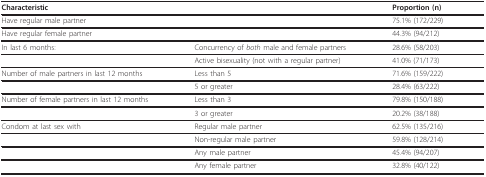
<table><thead><tr><td><b>Characteristic</b></td><td></td><td><b>Proportion (n)</b></td></tr></thead><tbody><tr><td>Have regular male partner</td><td></td><td>75.1% (172/229)</td></tr><tr><td>Have regular female partner</td><td></td><td>44.3% (94/212)</td></tr><tr><td>In last 6 months:</td><td>Concurrency of <i>both </i>male and female partners</td><td>28.6% (58/203)</td></tr><tr><td></td><td>Active bisexuality (not with a regular partner)</td><td>41.0% (71/173)</td></tr><tr><td>Number of male partners in last 12 months</td><td>Less than 5</td><td>71.6% (159/222)</td></tr><tr><td></td><td>5 or greater</td><td>28.4% (63/222)</td></tr><tr><td>Number of female partners in last 12 months</td><td>Less than 3</td><td>79.8% (150/188)</td></tr><tr><td></td><td>3 or greater</td><td>20.2% (38/188)</td></tr><tr><td>Condom at last sex with</td><td>Regular male partner</td><td>62.5% (135/216)</td></tr><tr><td></td><td>Non-regular male partner</td><td>59.8% (128/214)</td></tr><tr><td></td><td>Any male partner</td><td>45.4% (94/207)</td></tr><tr><td></td><td>Any female partner</td><td>32.8% (40/122)</td></tr></tbody></table>